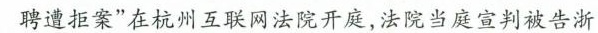
聘遭拒案”在杭州互联网法院开庭，法院当庭宣判被告浙